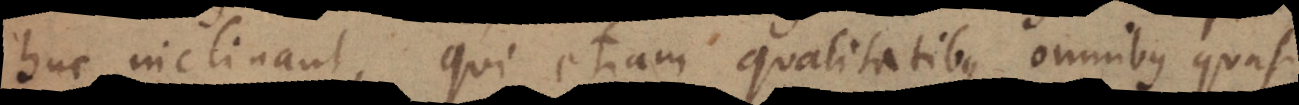
huc inclinant, qui etiam qualitatibus omnibus